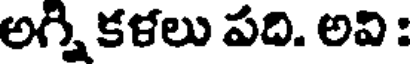
అగ్ని కళలు పది. అవి :